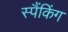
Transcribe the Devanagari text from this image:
स्पैंकिंग